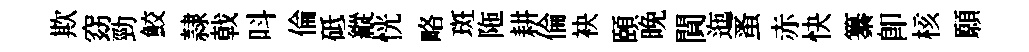
欺窈勁鮫隷戟呌倫砥縱恍略斑陁耕倫袂頤晚閴迤蚤赤快纂即核願